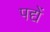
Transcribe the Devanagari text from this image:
पद्यें